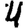
Digit: 4